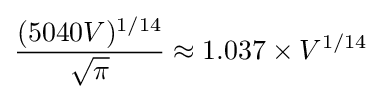
{\frac {(5040V)^{1/14}}{\sqrt {\pi }}}\approx 1.037\times V^{1/14}